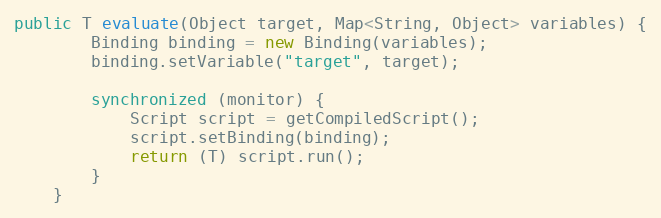
Language: Java
public T evaluate(Object target, Map<String, Object> variables) {
        Binding binding = new Binding(variables);
        binding.setVariable("target", target);

        synchronized (monitor) {
            Script script = getCompiledScript();
            script.setBinding(binding);
            return (T) script.run();
        }
    }